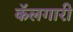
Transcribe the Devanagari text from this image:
कॅलगारी